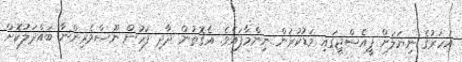
އަހަރުގެ ނިޔަލަށް ޕީއެސްޖީގައި މަޑުކުރަން ނިންމާފައެވެ. އެގޮތުން ދާދި ފަހުން ނޫސްވެރިންނާ ބައްދަލުކޮށް